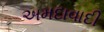
અમદાવાદી